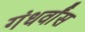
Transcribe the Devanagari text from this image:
गंधर्वांस